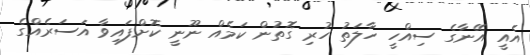
އެއީ އޭނާގެ ސިއްހީ ހާލަތު ހުރި ގޮތުން ކަމެއް ނޫނީ ކޮށްފައިވާ އަސަރެއްގެ